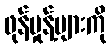
ဖုန်မှုန့်များကို